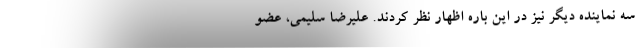
سه نماینده دیگر نیز در این باره اظهار نظر کردند. علیرضا سلیمی، عضو